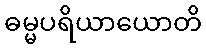
ဓမ္မပရိယာယောတိ